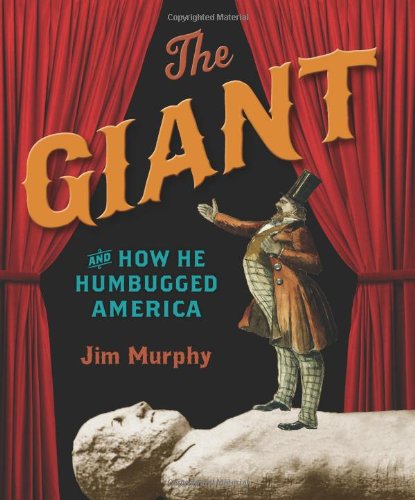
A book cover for The Giant and How He Humbugged America; Jim Murphy; Children's Books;